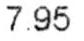
7.95